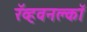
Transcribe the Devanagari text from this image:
रॅव्हवनक्लॉ